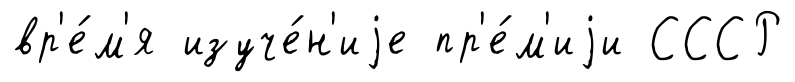
вр'е́м'я изуче́н'иjе пр'е́м'иjи СССР